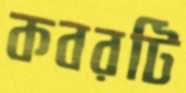
কবরটি